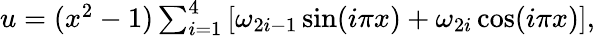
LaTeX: \begin{array}{r}{u=(x^{2}-1)\sum_{i=1}^{4}\left[\omega_{2i-1}\sin(i\pi x)+\omega_{2i}\cos(i\pi x)\right],}\end{array}